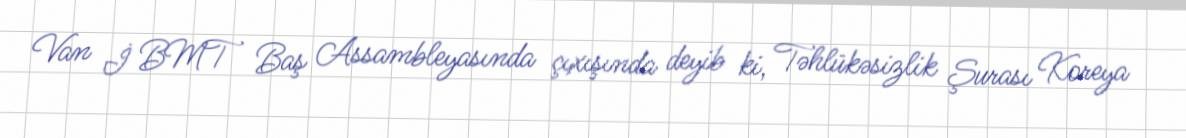
Van İ BMT Baş Assambleyasında çıxışında deyib ki, Təhlükəsizlik Şurası Koreya